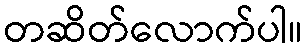
တဆိတ်လောက်ပါ။